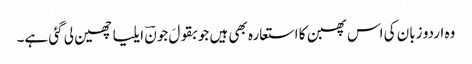
وہ اردو زبان کی اس پھبن کا استعارہ بھی ہیں جو بقولَ جونؔ ایلیا چھین لی گئی ہے۔